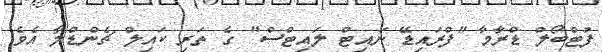
ފުޓްބޯލް ޑްރާމާ "ފްރައިޑޭ ނައިޓް ލައިޓްސް" ގެ ތަރި ކައިލް ޗެންޑްލާ އެވެ.